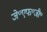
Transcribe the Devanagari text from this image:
जे॰एफ॰जी॰